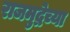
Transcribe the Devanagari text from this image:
राजमुद्रेच्या